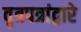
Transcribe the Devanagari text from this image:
वृत्रपत्रांद्वारे